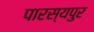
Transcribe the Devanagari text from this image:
पारस्यपुर